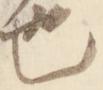
也